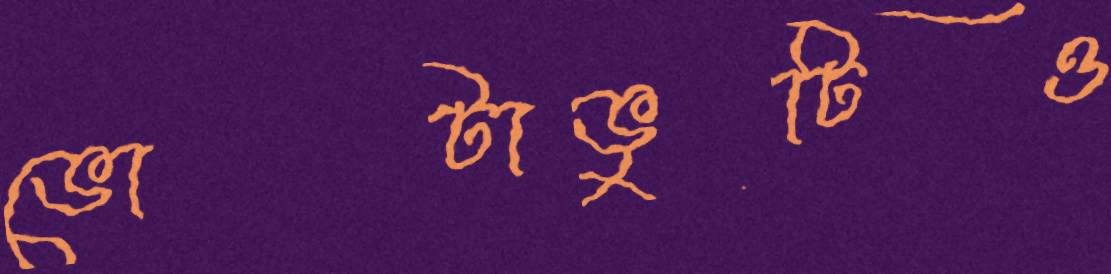
ভোটাভুটিও